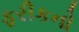
ફરીકનો